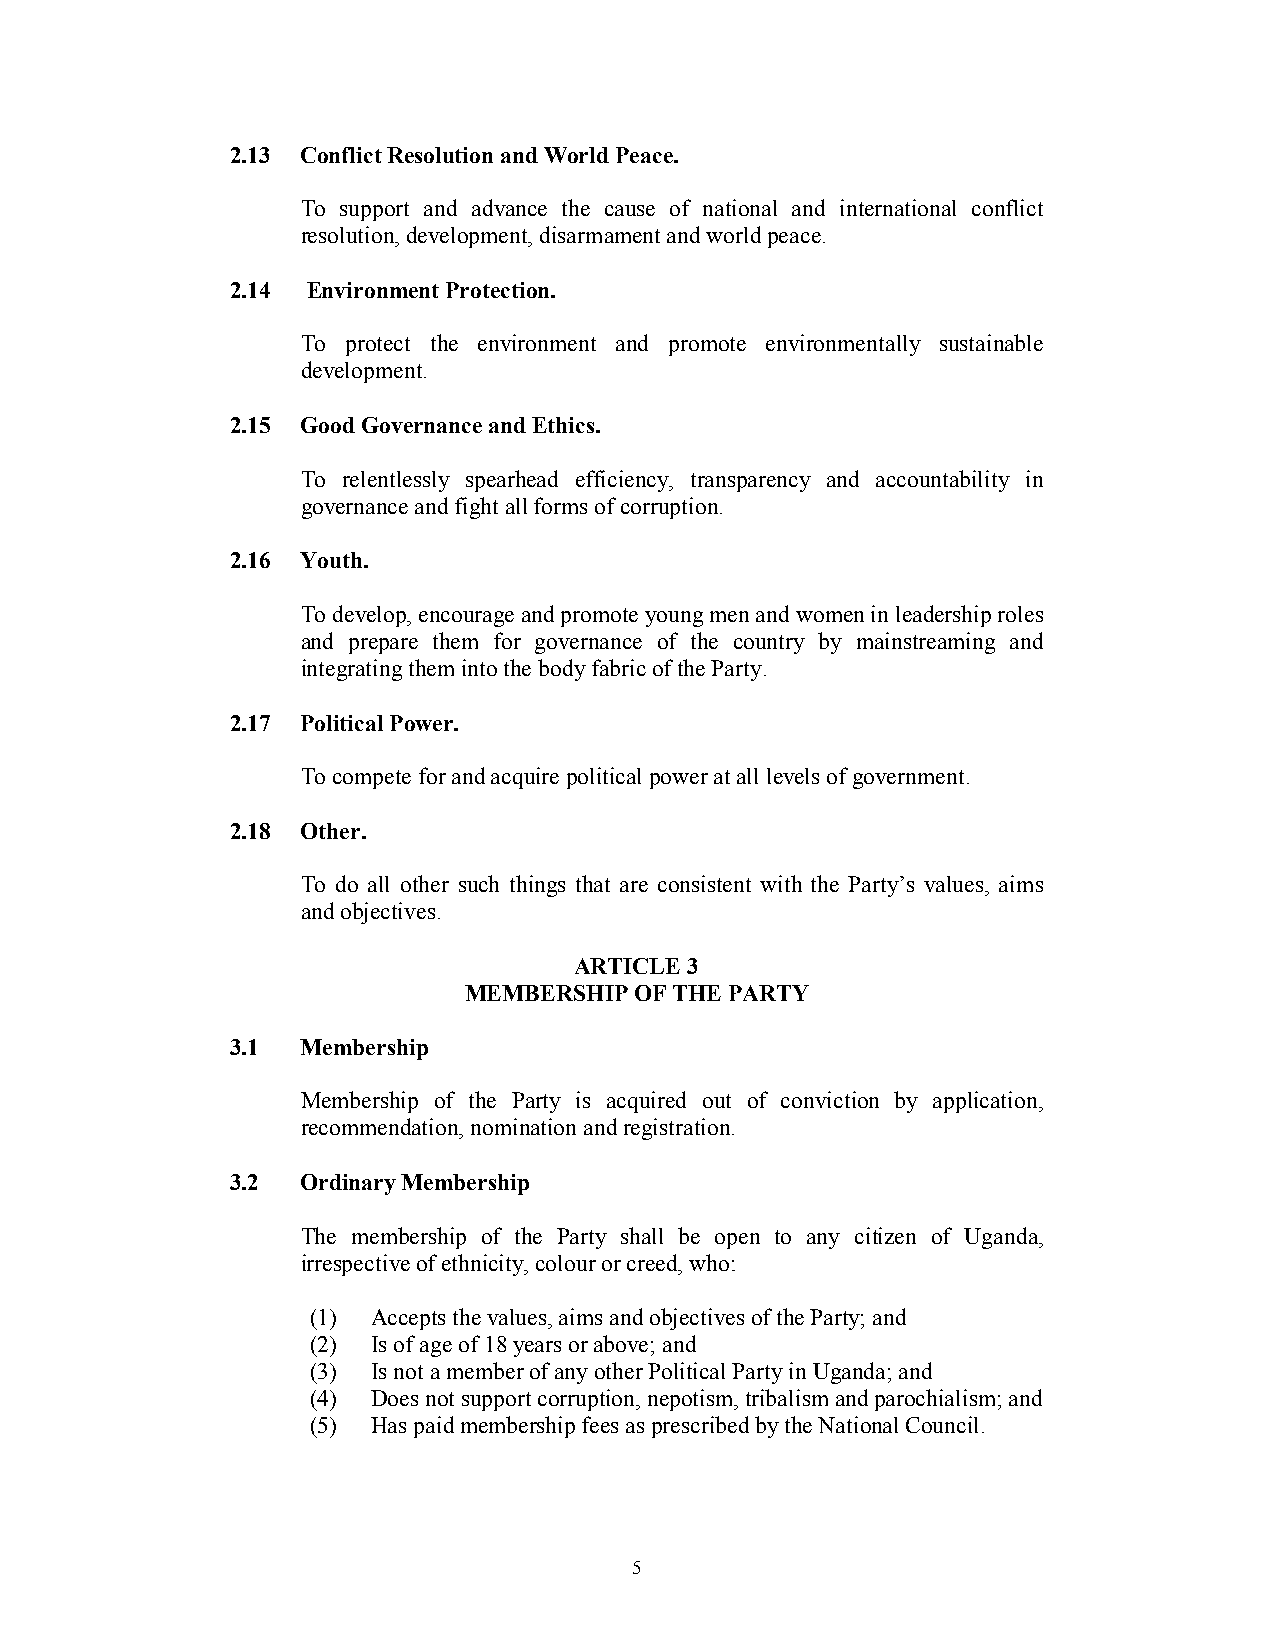
2.13 Conflict Resolution and World Peace.
 To support and advance the cause of national and international conflict
 resolution, development, disarmament and world peace.
 2.14 Environment Protection.
 To protect the environment and promote environmentally sustainable
 development.
 2.15 Good Governance and Ethics.
 To relentlessly spearhead efficiency, transparency and accountability in
 governance and fight all forms of corruption.
 2.16 Youth.
 To develop, encourage and promote young men and women in leadership roles
 and prepare them for governance of the country by mainstreaming and
 integrating them into the body fabric of the Party.
 2.17 Political Power.
 To compete for and acquire political power at all levels of government.
 2.18 Other.
 To do all other such things that are consistent with the Party’s values, aims
 and objectives.
 ARTICLE 3
 MEMBERSHIP OF THE PARTY
 3.1  Membership
 Membership of the Party is acquired out of conviction by application,
 recommendation, nomination and registration.
 3.2  Ordinary Membership
 The membership of the Party shall be open to any citizen of Uganda,
 irrespective of ethnicity, colour or creed, who:
 (1) Accepts the values, aims and objectives of the Party; and
 (2) Is of age of 18 years or above; and
 (3) Is not a member of any other Political Party in Uganda; and
 (4) Does not support corruption, nepotism, tribalism and parochialism; and
 (5) Has paid membership fees as prescribed by the National Council.
 5